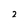
Character: 2